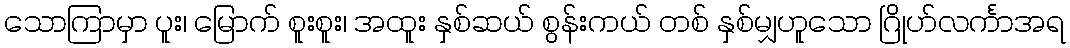
သောကြာမှာ ပူး၊ မြောက် စူးစူး၊ အထူး နှစ်ဆယ် စွန်းကယ် တစ် နှစ်မျှဟူသော ဂြိုဟ်လင်္ကာအရ